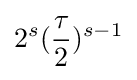
2^{s}({\frac {\tau }{2}})^{s-1}